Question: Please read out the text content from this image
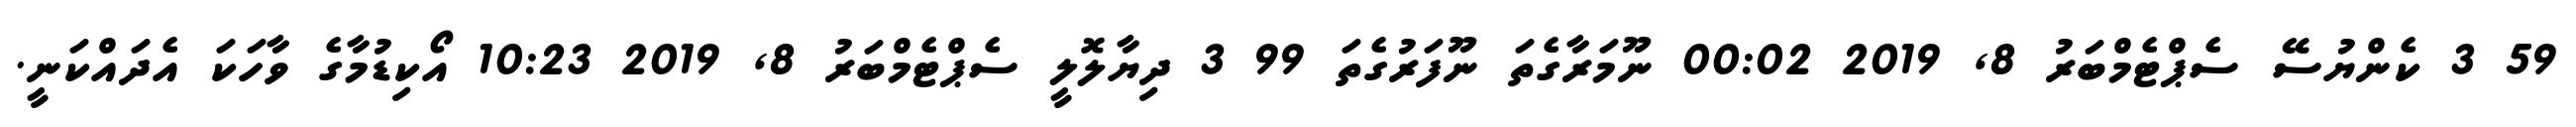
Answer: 59 3 ކެންޔުސޭ ސެޕްޓެމްބަރު 8, 2019 00:02 ނޫމަރާގެތަ ނޫފަރުގެތަ 99 3 ދިޔާލޮލީ ސެޕްޓެމްބަރު 8, 2019 10:23 އޯކިޑުމާގެ ވާހަކަ އެދައްކަނީ.